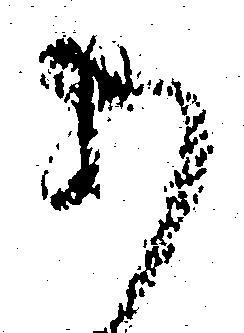
あ